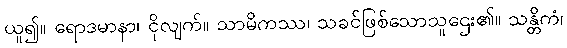
ယူ၍။ ရောဒမာနာ၊ ငိုလျက်။ သာမိကဿ၊ သခင်ဖြစ်သောသူဌေး၏။ သန္တိကံ၊